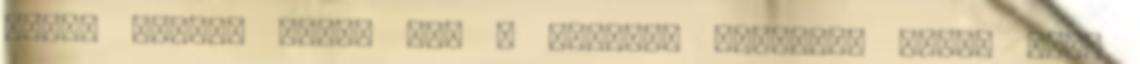
pénz, amiért nincs ott a felirat Másrészt dobsz fölé